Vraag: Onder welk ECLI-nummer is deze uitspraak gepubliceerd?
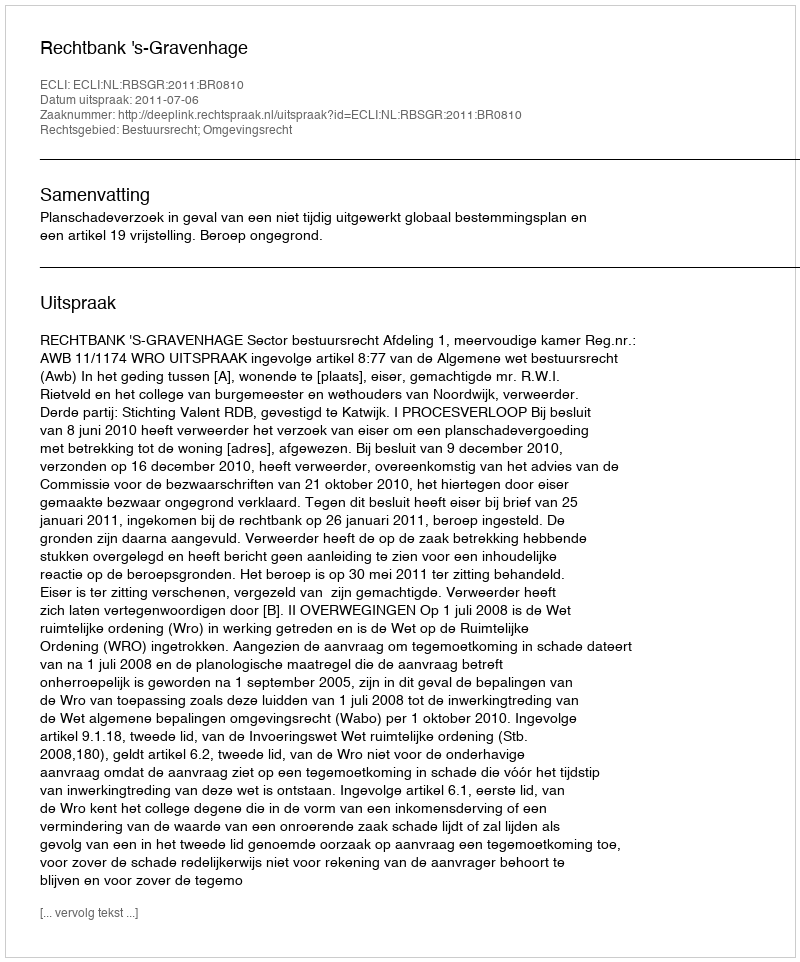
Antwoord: ECLI:NL:RBSGR:2011:BR0810